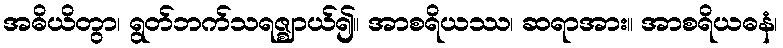
အဓိယိတွာ၊ ရွတ်ဘက်သရဇ္ဈာယ်၍။ အာစရိယဿ၊ ဆရာအား။ အာစရိယဓနံ၊